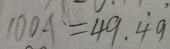
1 0 0 A = 4 9 . \dot { 4 } \dot { 9 }